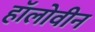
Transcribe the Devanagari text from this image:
हॉलोवीन